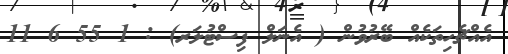
އެއްޗެހިތަކެއް ބޭރުވުން ( އެނަލް ފިސްޓުލަރ) : 1 55 6 11